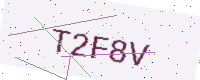
Text: T2F8V